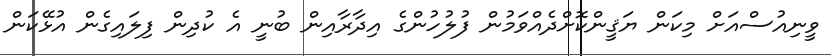
ވީނިއުސްއަށް މިކަން ޔަޤީންކޮށްދެއްވަމުން ފުލުހުންގެ އިދާރާއިން ބުނީ އެ ކުދިން ފިލައިގެން އުޅޭކަން